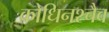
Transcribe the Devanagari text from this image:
क्रोधिनश्चैव